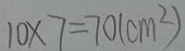
1 0 \times 7 = 7 0 ( c m ^ { 2 } )